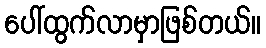
ပေါ်ထွက်လာမှာဖြစ်တယ်။